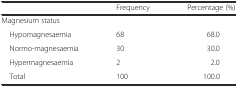
<table><thead><tr><td></td><td><b>Frequency</b></td><td><b>Percentage (%)</b></td></tr></thead><tbody><tr><td colspan="3">Magnesium status</td></tr><tr><td> Hypomagnesaemia</td><td>68</td><td>68.0</td></tr><tr><td> Normo-magnesaemia</td><td>30</td><td>30.0</td></tr><tr><td> Hypermagnesaemia</td><td>2</td><td>2.0</td></tr><tr><td> Total</td><td>100</td><td>100.0</td></tr></tbody></table>